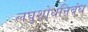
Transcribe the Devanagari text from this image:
लघुशोधनिबंध